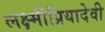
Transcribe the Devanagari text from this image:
लक्ष्मीप्रियादेवी